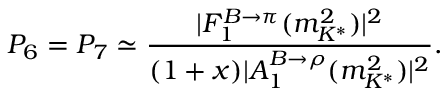
P _ { 6 } = P _ { 7 } \simeq \frac { | F _ { 1 } ^ { B \to \pi } ( m _ { K ^ { * } } ^ { 2 } ) | ^ { 2 } } { ( 1 + x ) | A _ { 1 } ^ { B \to \rho } ( m _ { K ^ { * } } ^ { 2 } ) | ^ { 2 } } .